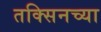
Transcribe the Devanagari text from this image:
तक्सिनच्या